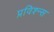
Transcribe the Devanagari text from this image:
प्रविश्न्स